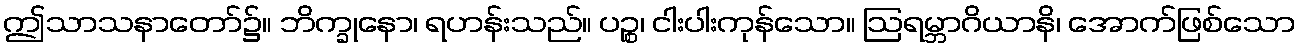
ဤသာသနာတော်၌။ ဘိက္ခုနော၊ ရဟန်းသည်။ ပဉ္စ၊ ငါးပါးကုန်သော။ ဩရမ္ဘာဂိယာနိ၊ အောက်ဖြစ်သော